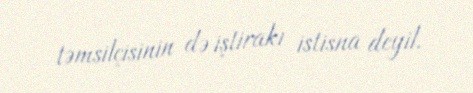
təmsilçisinin də iştirakı istisna deyil.